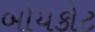
બોયકોટ